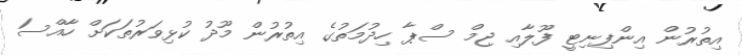
އިތުރުން އިންފިނިޓީ ފޫލާއި ޖިމް ސްޕާ ހިދުމަތުގެ އިތުރުން މޫދު ކުޅިވަރުތަކަށް ހާއްސަ